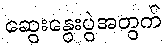
ဆွေးနွေးပွဲအတွက်